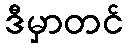
ဒီမှာတင်